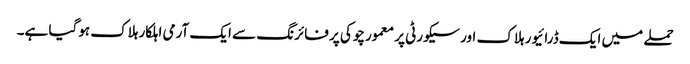
حملے میں ایک ڈرائیور ہلاک اور سیکورٹی پر معمورچوکی پر فائرنگ سے ایک آرمی اہلکار ہلاک ہوگیا ہے۔